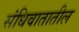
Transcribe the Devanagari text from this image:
संधिवातातील